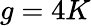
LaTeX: g=4K